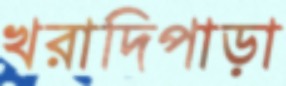
খরাদিপাড়া